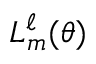
L _ { m } ^ { \ell } ( \theta )